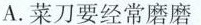
A.菜刀要经常磨磨